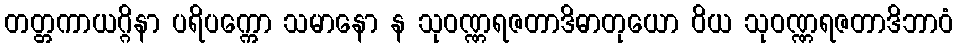
တတ္တကာယဂ္ဂိနာ ပရိပက္ကော သမာနော န သုဝဏ္ဏရဇတာဒိဓာတုယော ဝိယ သုဝဏ္ဏရဇတာဒိဘာဝံ